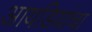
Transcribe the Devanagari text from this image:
आयडियांचा